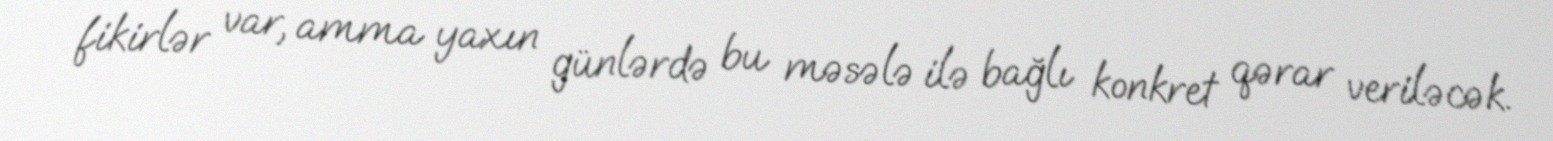
fikirlər var, amma yaxın günlərdə bu məsələ ilə bağlı konkret qərar veriləcək.